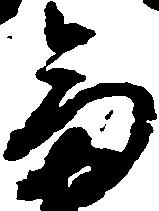
富